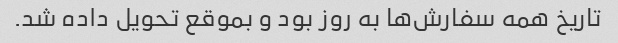
تاریخ همه سفارش‌ها به روز بود و بموقع تحویل داده شد.